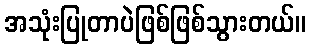
အသုံးပြုတာပဲဖြစ်ဖြစ်သွားတယ်။